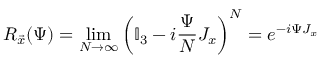
R _ { \vec { x } } ( \Psi ) = \operatorname* { l i m } _ { N \to \infty } \left( \mathbb { I } _ { 3 } - i \frac { \Psi } { N } J _ { x } \right) ^ { N } = e ^ { - i \Psi J _ { x } }